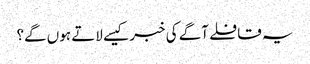
یہ قافلے آگے کی خبر کیسے لاتے ہوں گے؟